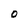
Character: 0